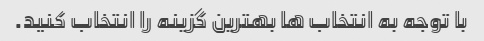
با توجه به انتخاب ها بهترین گزینه را انتخاب کنید.